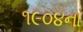
૧૯૦૪ના